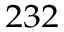
^ { 2 3 2 }